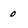
Character: o